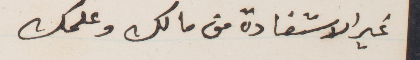
غير الاستفادة من مالك وعملك